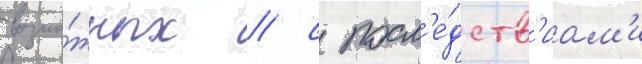
возмо́жных / с посл'е́дств'иам'и